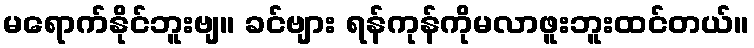
မရောက်နိုင်ဘူးဗျ။ ခင်ဗျား ရန်ကုန်ကိုမလာဖူးဘူးထင်တယ်။